Annual administration report of the Civil Veterinary Department of India - 1899-1900
Year: 1899
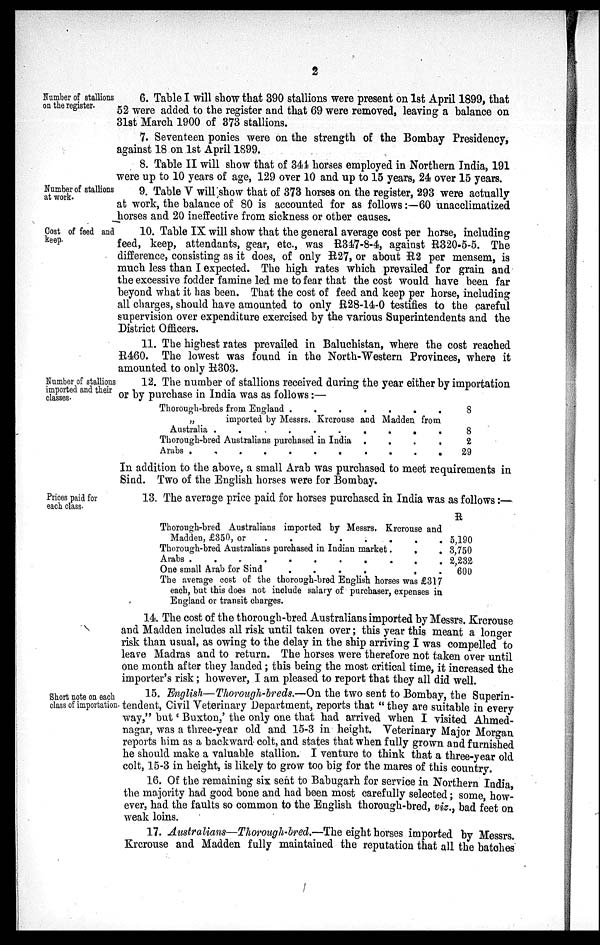
2
Number of stallions
on the register.
6. Table I will show that 390 stallions were present on 1st April 1899, that
52 were added to the register and that 69 were removed, leaving a balance on
31st March 1900 of 373 stallions.
7. Seventeen ponies were on the strength of the Bombay Presidency,
against 18 on 1st April 1899.
8. Table II will show that of 344 horses employed in Northern India, 191
were up to 10 years of age, 129 over 10 and up to 15 years, 24 over 15 years.
Number of stallions
at work.
9. Table V will show that of 373 horses on the register, 293 were actually
at work, the balance of 80 is accounted for as follows:—60 unacclimatized
horses and 20 ineffective from sickness or other causes.
Cost of feed and
keep.
10. Table IX will show that the general average cost per horse, including
feed, keep, attendants, gear, etc., was R347-8-4, against R320-5-5. The
difference, consisting as it does, of only R27, or about R2 per mensem, is
much less than I expected. The high rates which prevailed for grain and
the excessive fodder famine led me to fear that the cost would have been far
beyond what it has been. That the cost of feed and keep per horse, including
all charges, should have amounted to only R28-14-0 testifies to the careful
supervision over expenditure exercised by the various Superintendents and the
District Officers.
11. The highest rates prevailed in Baluchistan, where the cost reached
R460. The lowest was found in the North-Western Provinces, where it
amounted to only R303.
Number of stallions
imported and their
classes.
12. The number of stallions received during the year either by importation
or by purchase in India was as follows:—
Thorough-breds from England
.
.
.
.
.
.
.
.
„
imported by Messrs. Krerouse and Madden from
Australia
.
.
.
.
.
.
.
.
Thorough-bred Australians purchased in India . . . . . . . .
8
8
2
29
In addition to the above, a small Arab was purchased to meet requirements in
Sind. Two of the English horses were for Bombay.
Prices paid for
each class.
13. The average price paid for horses purchased in India was as follows:—
Thorough-bred Australians imported by Messrs, Krerouse and
Madden, £350, or
.
Thorough-bred Australians purchased in Indian market. . . . . . . . .
Arabs
.
.
.
.
.
.
.
.
One small Arab for Sind
.
.
.
.
.
.
.
.
The average cost of the thorough-bred English horses was £317
each, but this does not include salary of purchaser, expenses in
England or transit charges.
R
5,190
3,750
2,232
600
14. The cost of the thorough-bred Australians imported by Messrs. Krcrouse
and Madden includes all risk until taken over; this year this meant a longer
risk than usual, as owing to the delay in the ship arriving I was compelled to
leave Madras and to return. The horses were therefore not taken over until
one month after they landed; this being the most critical time, it increased the
importer's risk; however, I am pleased to report that they all did well.
Short note on each
class of importation.
15. English—Thorough-breds.—On the two sent to Bombay, the Superin-
tendent, Civil Veterinary Department, reports that "they are suitable in every
way," but 'Buxton,' the only one that had arrived when I visited Ahmed-
nagar, was a three-year old and 15-3 in height. Veterinary Major Morgan
reports him as a backward colt, and states that when fully grown and furnished
he should make a valuable stallion. I venture to think that a three-year old
colt, 15-3 in height, is likely to grow too big for the mares of this country.
16. Of the remaining six sent to Babugarh for service in Northern India
the majority had good bone and had been most carefully selected; some, how-
ever, had the faults so common to the English thorough-bred, viz., bad feet on
weak loins.
17. Australians—Thorough-bred.—The eight horses imported by Messrs.
Krcrouse and Madden fully maintained the reputation that all the batches